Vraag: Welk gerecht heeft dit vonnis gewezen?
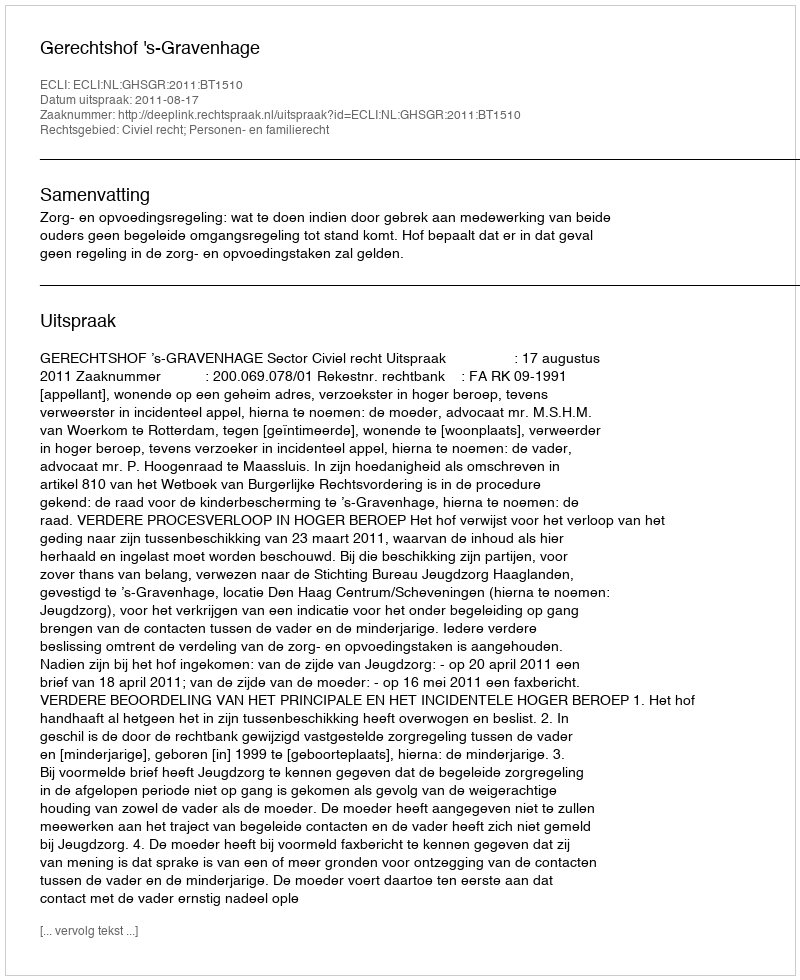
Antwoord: Gerechtshof 's-Gravenhage